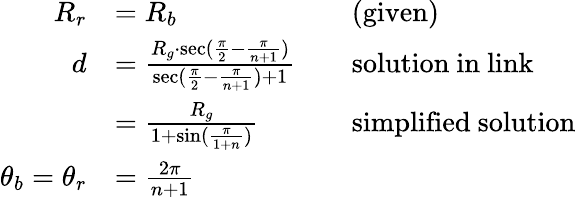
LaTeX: \begin{array}{rlrl}{R_{r}}&{=R_{b}}&&{\mathrm{(given)}}\\ {d}&{=\frac{R_{g}\cdot\sec(\frac{\pi}{2}-\frac{\pi}{n+1})}{\sec(\frac{\pi}{2}-\frac{\pi}{n+1})+1}}&&{\mathrm{solution~in~link}}\\ &{=\frac{R_{g}}{1+\sin(\frac{\pi}{1+n})}}&&{\mathrm{simplified~solution}}\\ {\theta_{b}=\theta_{r}}&{=\frac{2\pi}{n+1}}\end{array}